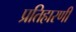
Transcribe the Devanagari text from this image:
प्रतिहारणी